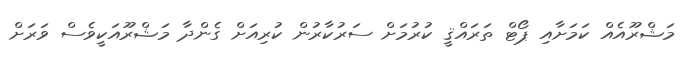
މަޝްރޫއެއް ކަމަށާއި ޕޯޓް ތަރައްޤީ ކުރުމަށް ސަރުކާރުން ކުރިއަށް ގެންދާ މަޝްރޫއަކީވެސް ވަރަށް